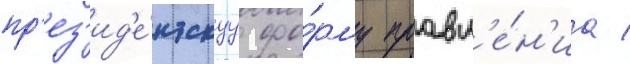
пр'ез'ид'е́нтскуу фо́рму правл'е́н'иа /